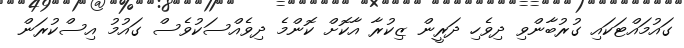
ގައުމައްޓަކައި ގުރުބާންވި ދިވެހި ދަރީން ޒިކުރާ އާކޮށް ކޮންމެ ދިވެއްސަކުވެސް ގައުމު އިސްކުރަން